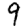
Digit: 9